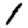
Digit: 1